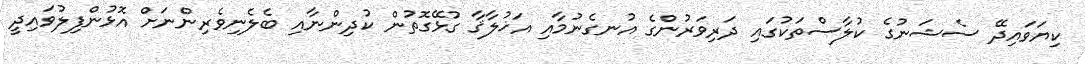
ކިޔަވައިދޭ ސެޝަނުގެ ކުލާސްތަކުގައި ދަރިވަރުންގެ އުނގެނުމާއި އަޚުލާޤާ ގުޅޭގޮތުން ކުދިންނާއި ބެލެނިވެރިންނަށް އޮޅުންފިލުވައިދީ